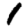
Digit: 1